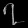
Digit: ၇